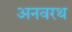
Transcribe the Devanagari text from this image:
अनवरथ